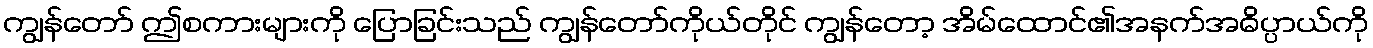
ကျွန်တော် ဤစကားများကို ပြောခြင်းသည် ကျွန်တော်ကိုယ်တိုင် ကျွန်တော့ အိမ်ထောင်၏အနက်အဓိပ္ပာယ်ကို